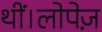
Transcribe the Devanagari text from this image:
थीं।लोपेज़